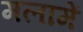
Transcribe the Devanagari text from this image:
मलामें